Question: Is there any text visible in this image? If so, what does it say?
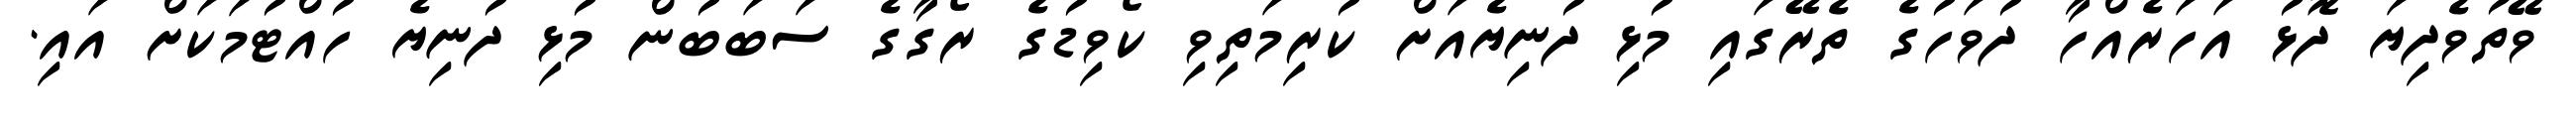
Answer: ވޭތުވެދިޔަ ދޮޅު އަހަރެއްހާ ދުވަހުގެ ތެރޭގައި މުޅި ދުނިޔެއަށް ކުރިމަތިވި ކޯވިޑުގެ ރޯގާގެ ސަބަބުން މުޅި ދުނިޔެ ހުއްޓުމަކަށް އައި.